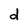
Character: d